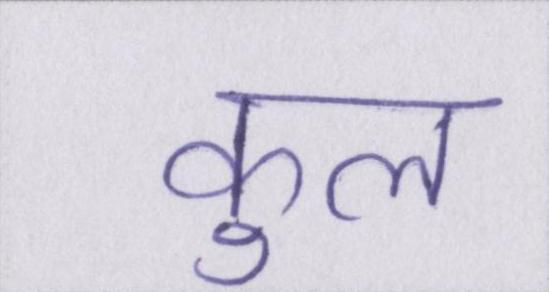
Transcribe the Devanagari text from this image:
कुल